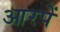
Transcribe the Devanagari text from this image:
आरपें